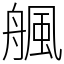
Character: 䑺